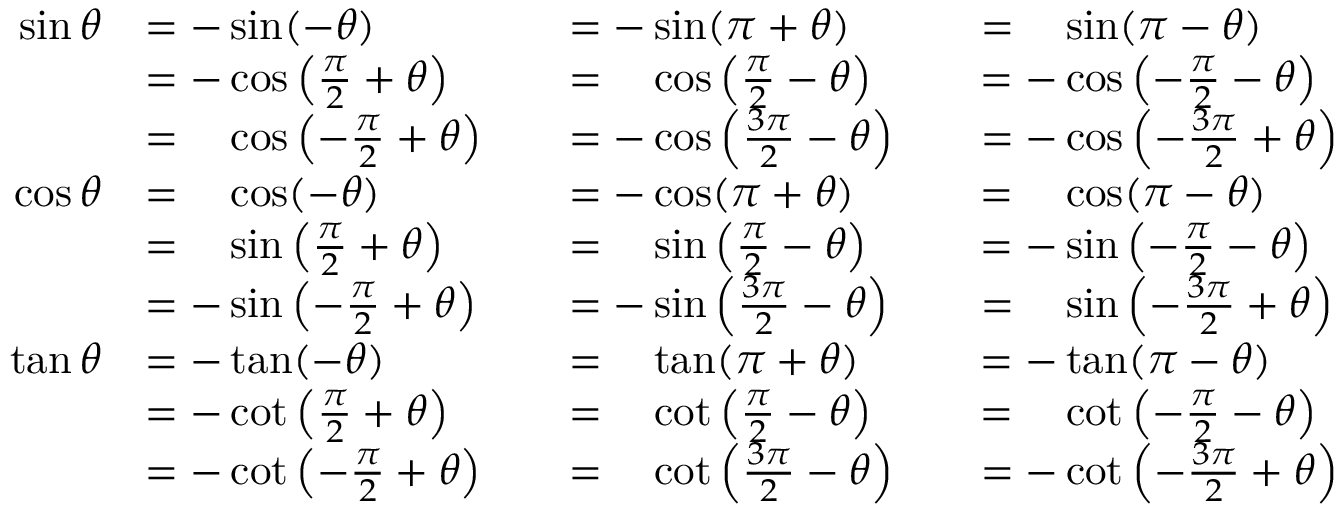
{ \begin{array} { r l r l r l } { \sin \theta } & { = - \sin ( - \theta ) } & & { = - \sin ( \pi + \theta ) } & & { = { \phantom { - } } \sin ( \pi - \theta ) } \\ & { = - \cos \left( { \frac { \pi } { 2 } } + \theta \right) } & & { = { \phantom { - } } \cos \left( { \frac { \pi } { 2 } } - \theta \right) } & & { = - \cos \left( - { \frac { \pi } { 2 } } - \theta \right) } \\ & { = { \phantom { - } } \cos \left( - { \frac { \pi } { 2 } } + \theta \right) } & & { = - \cos \left( { \frac { 3 \pi } { 2 } } - \theta \right) } & & { = - \cos \left( - { \frac { 3 \pi } { 2 } } + \theta \right) } \\ { \cos \theta } & { = { \phantom { - } } \cos ( - \theta ) } & & { = - \cos ( \pi + \theta ) } & & { = { \phantom { - } } \cos ( \pi - \theta ) } \\ & { = { \phantom { - } } \sin \left( { \frac { \pi } { 2 } } + \theta \right) } & & { = { \phantom { - } } \sin \left( { \frac { \pi } { 2 } } - \theta \right) } & & { = - \sin \left( - { \frac { \pi } { 2 } } - \theta \right) } \\ & { = - \sin \left( - { \frac { \pi } { 2 } } + \theta \right) } & & { = - \sin \left( { \frac { 3 \pi } { 2 } } - \theta \right) } & & { = { \phantom { - } } \sin \left( - { \frac { 3 \pi } { 2 } } + \theta \right) } \\ { \tan \theta } & { = - \tan ( - \theta ) } & & { = { \phantom { - } } \tan ( \pi + \theta ) } & & { = - \tan ( \pi - \theta ) } \\ & { = - \cot \left( { \frac { \pi } { 2 } } + \theta \right) } & & { = { \phantom { - } } \cot \left( { \frac { \pi } { 2 } } - \theta \right) } & & { = { \phantom { - } } \cot \left( - { \frac { \pi } { 2 } } - \theta \right) } \\ & { = - \cot \left( - { \frac { \pi } { 2 } } + \theta \right) } & & { = { \phantom { - } } \cot \left( { \frac { 3 \pi } { 2 } } - \theta \right) } & & { = - \cot \left( - { \frac { 3 \pi } { 2 } } + \theta \right) } \end{array} }